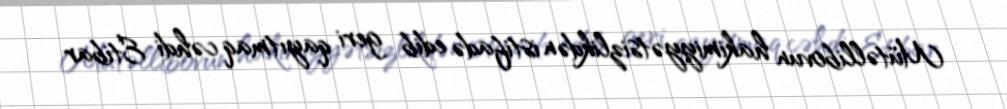
Mütəllibovun hakimiyyətsizlikdən istifadə edib geri qayıtmaq cəhdi Etibar